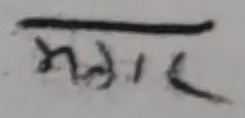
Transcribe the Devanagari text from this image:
मगर